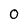
Character: 0